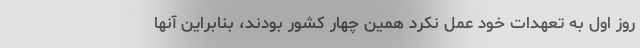
روز اول به تعهدات خود عمل نکرد همین چهار کشور بودند، بنابراین آنها